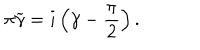
\pi \widetilde { \gamma } = i \left( \gamma - \frac { \pi } { 2 } \right) .